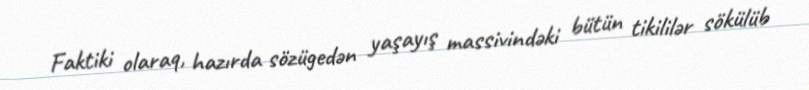
Faktiki olaraq, hazırda sözügedən yaşayış massivindəki bütün tikililər sökülüb